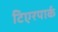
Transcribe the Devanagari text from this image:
टिएरपार्क